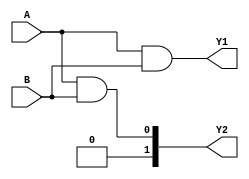
module AND_gate(Y1,Y2,A,B);
output [1:0]Y1;
output [1:0]Y2;
input [1:0] A,B;
 
assign Y1 = A&B; //bitwise operator
assign Y2 = A&&B; //logical operator

endmodule